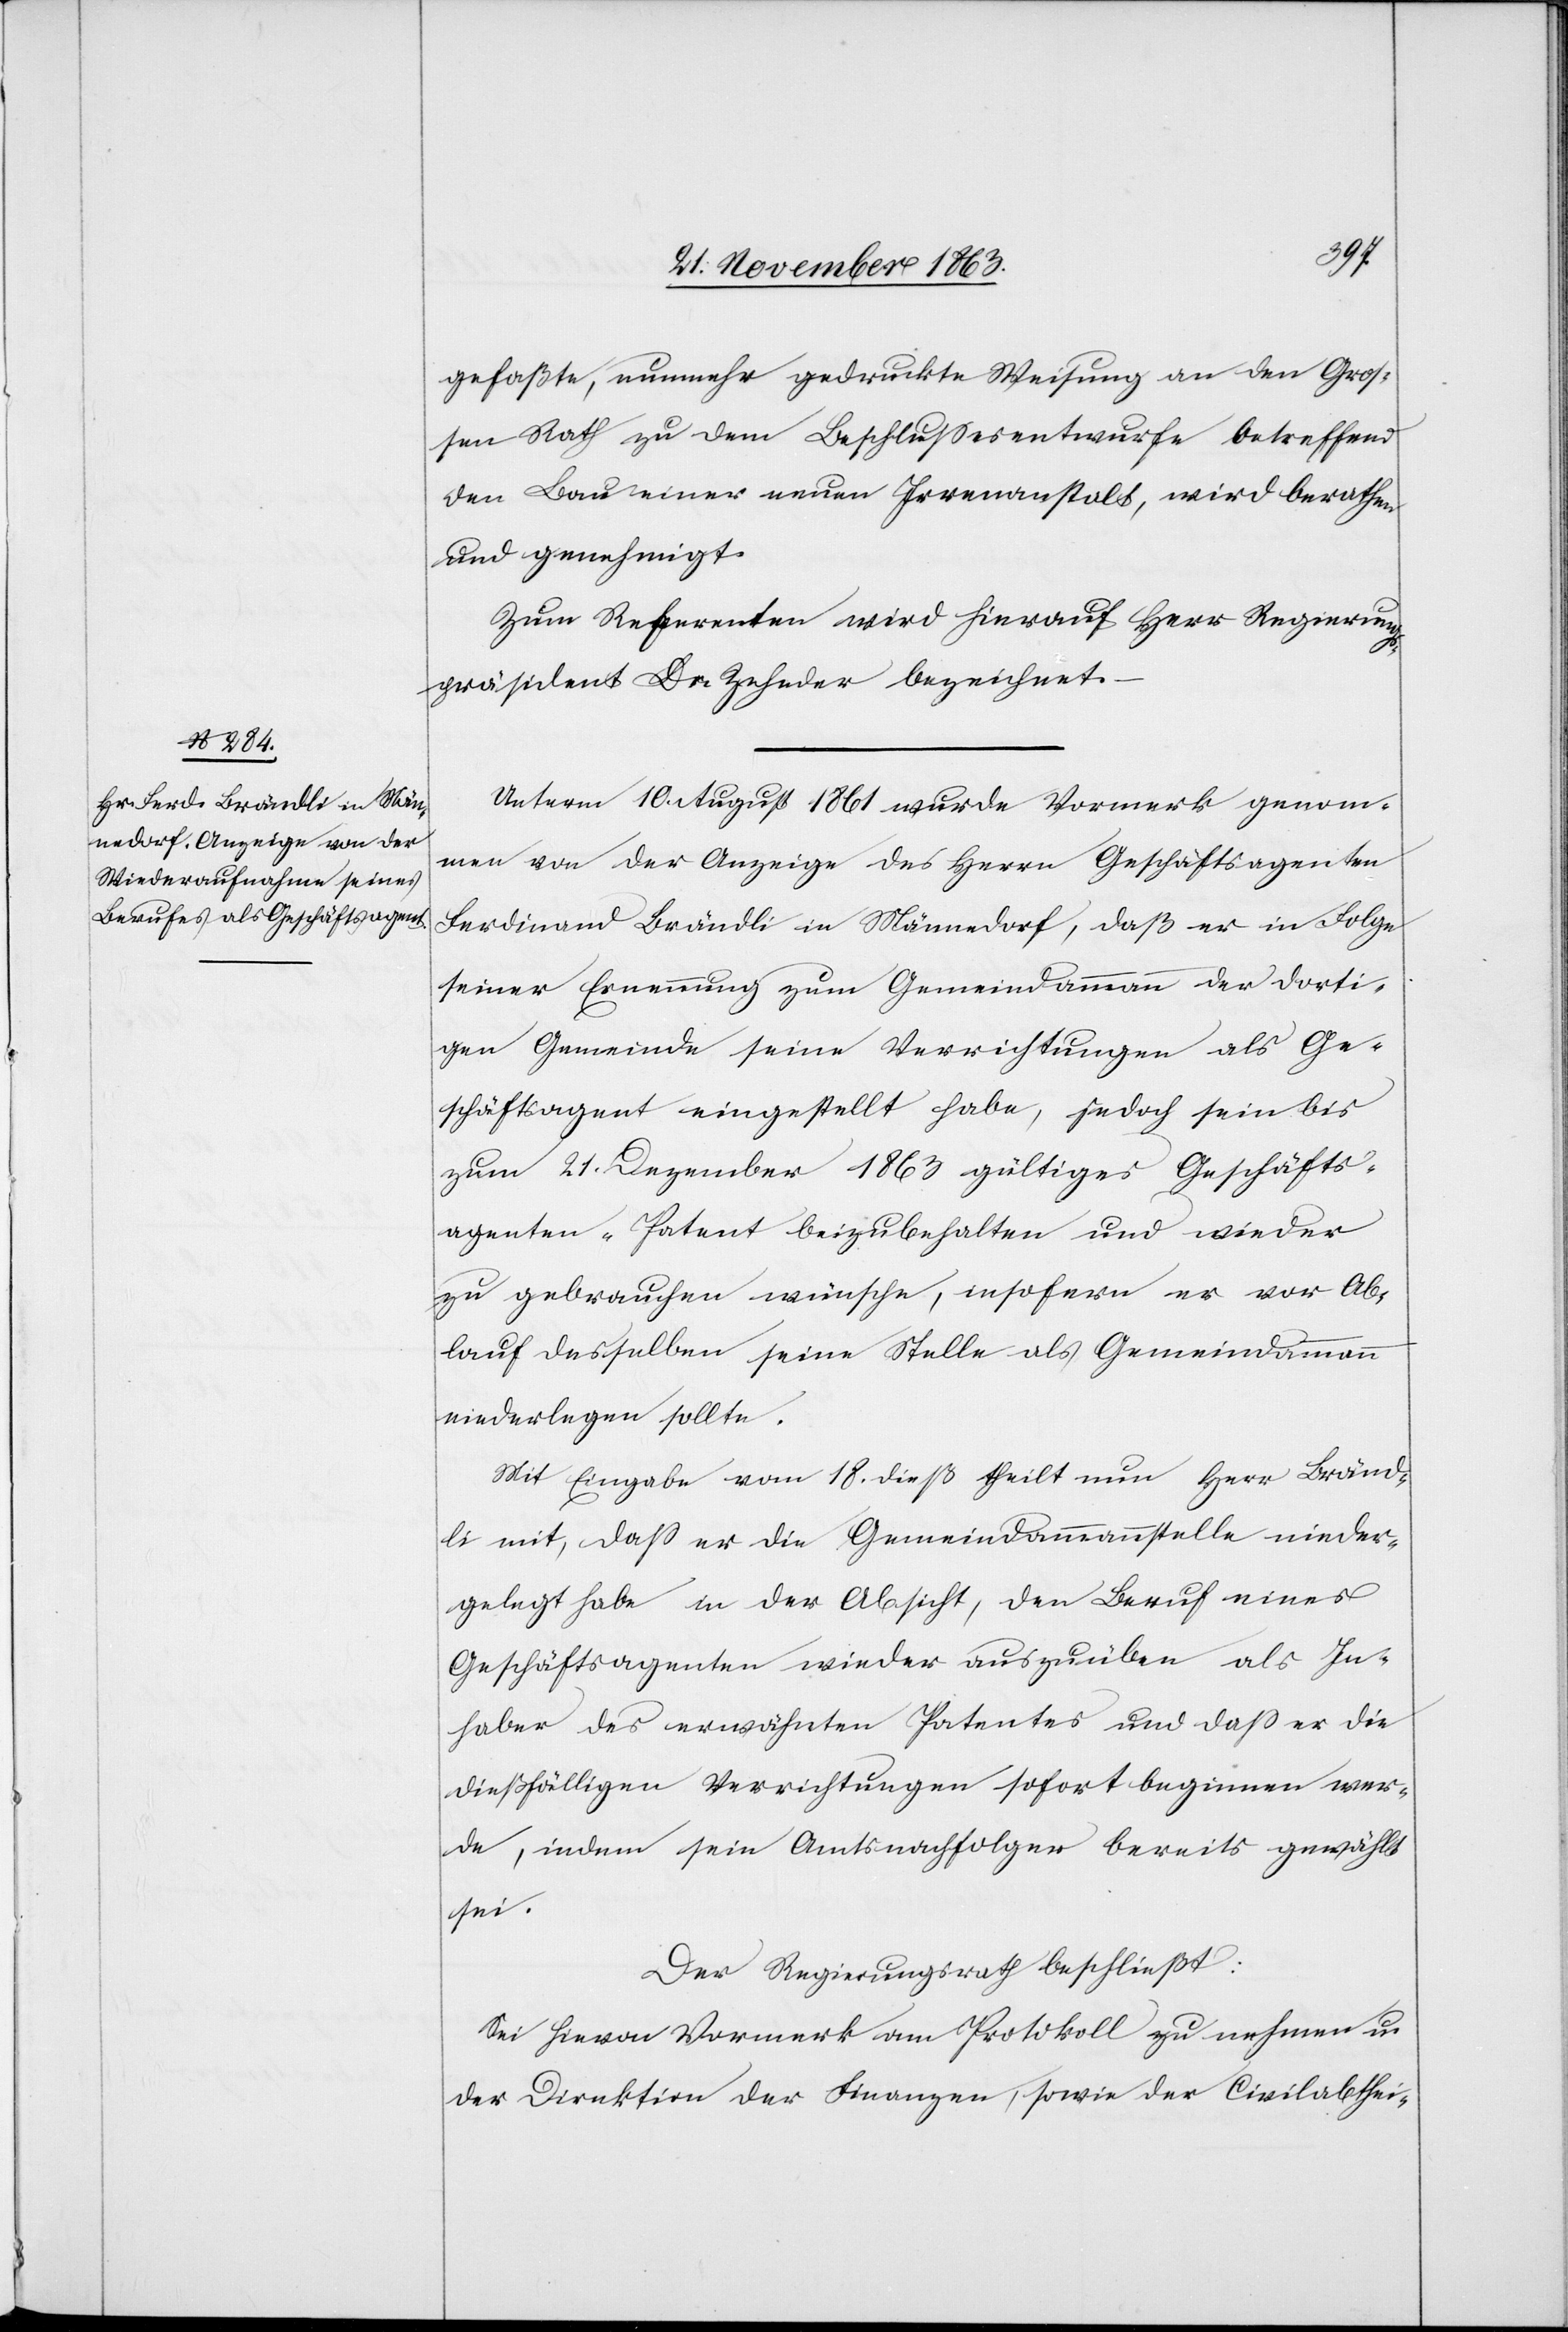
gefaßte, nunmehr gedruckte Weisung an den Groß¬
en Rath zu dem Beschlussesentwurfe betreffend
den Bau einer neuen Irrenanstalt, wird berathen
und genehmigt.
Zum Referenten wird hierauf Herr Regierung¬
spräsident Dr. Zehnder bezeichnet.
Unterm 10. August 1861 wurde Vormerk genom¬
men von der Anzeige des Herrn Geschäftsagenten
Ferdinand Brändli in Männedorf, daß er in Folge
seiner Ernennung zum Gemeindammann der dorti¬
gen Gemeinde seine Verrichtungen als Ge¬
schäftsagent eingestellt habe, jedoch sein bis
zum 21. Dezember 1863 gültiges Geschäfts¬
agenten-Patent beizubehalten und wieder
zu gebrauchen wünsche, insofern er vor Ab¬
lauf desselben seine Stelle als Gemeindammann
niederlegen sollte.
Mit Eingabe vom 18. dieß theilt nun Herr Bränd¬
li mit, dass er die Gemeindammannstelle nieder¬
legt habe in der Absicht, den Beruf eines
Geschäftsagenten wieder auszuüben als In¬
haber des erwähnten Patentes und dass er die
dießfälligen Verrichtungen sofort beginnen wer¬
de, indem sein Amtsnachfolger bereits gewählt
sei.
Der Regierungsrath beschließt:
Sei hievon Vormerk am Protokoll zu nehmen u.
der Direktion der Finanzen, sowie der Civilabthei-